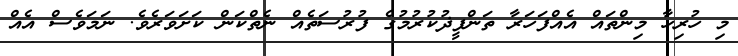
މި ހުރިހާ މިންތައް އެއްފަހަރާ ތަންފީޛުކުރުމުގެ ފުރުސަތެއް ނެތްކަން ކަށަވަރެވެ. ނަމަވެސް އެއް